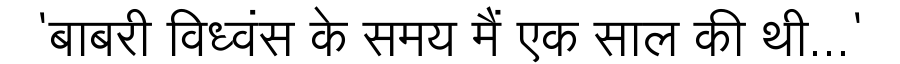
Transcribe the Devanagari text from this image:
'बाबरी विध्वंस के समय मैं एक साल की थी...'